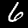
Digit: 6